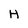
Character: H